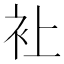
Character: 𧘕